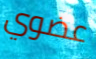
عضوي